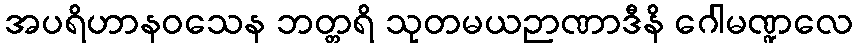
အပရိဟာနဝသေန ဘတ္တရိ သုတမယဉာဏာဒီနိ ဂေါမဏ္ဍလေ